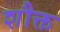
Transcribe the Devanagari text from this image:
शौक्त